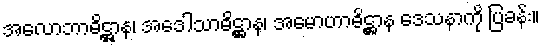
အလောဘာဓိဋ္ဌာန၊ အဒေါသာဓိဋ္ဌာန၊ အမောဟာဓိဋ္ဌာန ဒေသနာကို ပြခန်း။